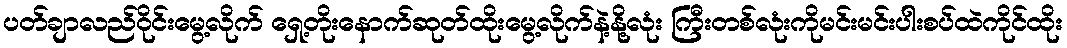
ပတ်ချာလည်ဝိုင်းမွေ့လိုက် ရှေ့တိုးနောက်ဆုတ်ထိုးမွေ့လိုက်နဲ့နို့လုံး ကြီးတစ်လုံးကိုမင်းမင်းပါးစပ်ထဲကိုင်ထိုး